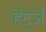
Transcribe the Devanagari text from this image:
हेर्ट्ज़